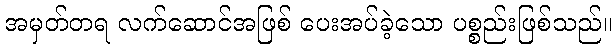
အမှတ်တရ လက်ဆောင်အဖြစ် ပေးအပ်ခဲ့သော ပစ္စည်းဖြစ်သည်။